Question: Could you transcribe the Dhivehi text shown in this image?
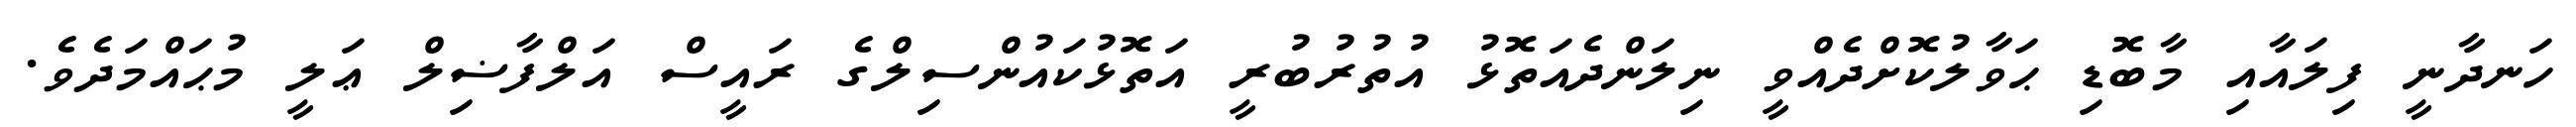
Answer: ހަނދާނީ ފިލައާއި މާބޮޑި ޙަވާލުކޮށްދެއްވީ ނިލަންދެއަތޮޅު އުތުރުބުރީ އަތޮޅުކައުންސިލްގެ ރައީސް އަލްފާޟިލް ޢަލީ މުޙައްމަދެވެ.